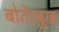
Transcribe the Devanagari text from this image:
बोर्तेरबुख